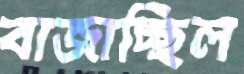
বাজাচ্ছিল